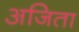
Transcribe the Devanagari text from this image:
अजिता